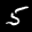
Label: 5